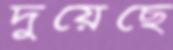
দুয়েছে